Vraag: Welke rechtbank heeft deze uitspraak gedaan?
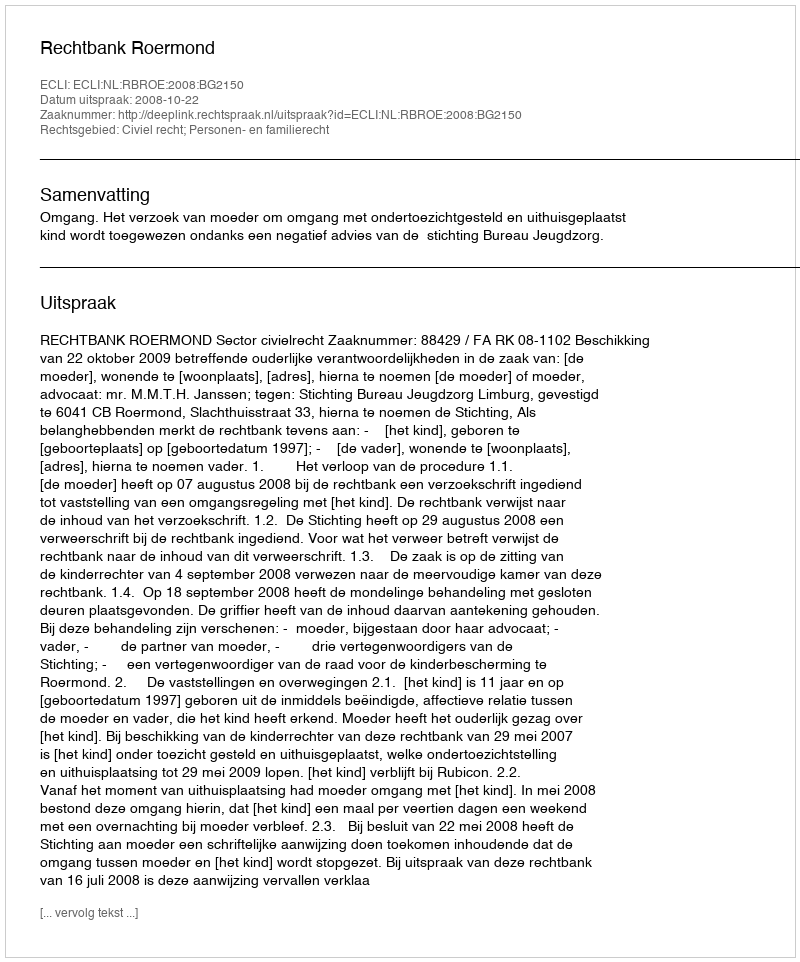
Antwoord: Rechtbank Roermond